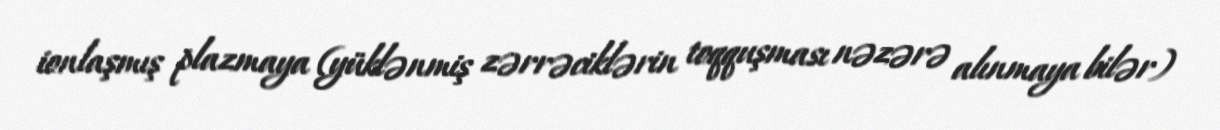
ionlaşmış plazmaya (yüklənmiş zərrəciklərin toqquşması nəzərə alınmaya bilər)